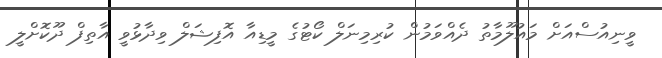
ވީނިއުސްއަށް މައުލޫމާތު ދެއްވަމުން ކުރިމިނަލް ކޯޓުގެ މީޑިއާ އޮފިޝަލް ވިދާޅުވީ އާތިފް ދޫކޮށްލީ